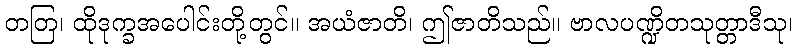
တတြ၊ ထိုဒုက္ခအပေါင်းတို့တွင်။ အယံဇာတိ၊ ဤဇာတိသည်။ ဗာလပဏ္ဍိတသုတ္တာဒီသု၊